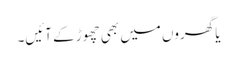
یا گھروں میں بھی چھوڑ کے آئیں۔